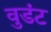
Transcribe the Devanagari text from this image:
वुडंट